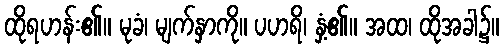
ထိုရဟန်း၏။ မုခံ၊ မျက်နှာကို။ ပဟရိ၊ နှံ့၏။ အထ၊ ထိုအခါ၌။